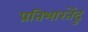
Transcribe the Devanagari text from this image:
प्रतिभारतेंदु